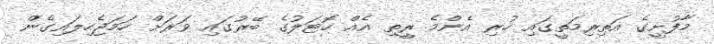
މާފުށީގެ އަތިރިމަތީގައި ހުރި އެންމެ ރީތި އެއް ހޮޓަލުގެ ބޭރުގައި ވަރަށް ހަމަޖެހިލައިގެން